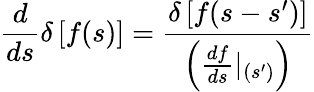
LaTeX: \frac{d}{ds}\delta\left[f(s)\right]=\frac{\delta\left[f(s-s^{\prime})\right]}{\left(\frac{df}{ds}|_{(s^{\prime})}\right)}